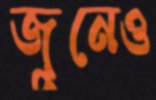
জুনেও